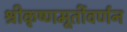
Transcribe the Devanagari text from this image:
श्रीकृष्णमूर्तीवर्णन